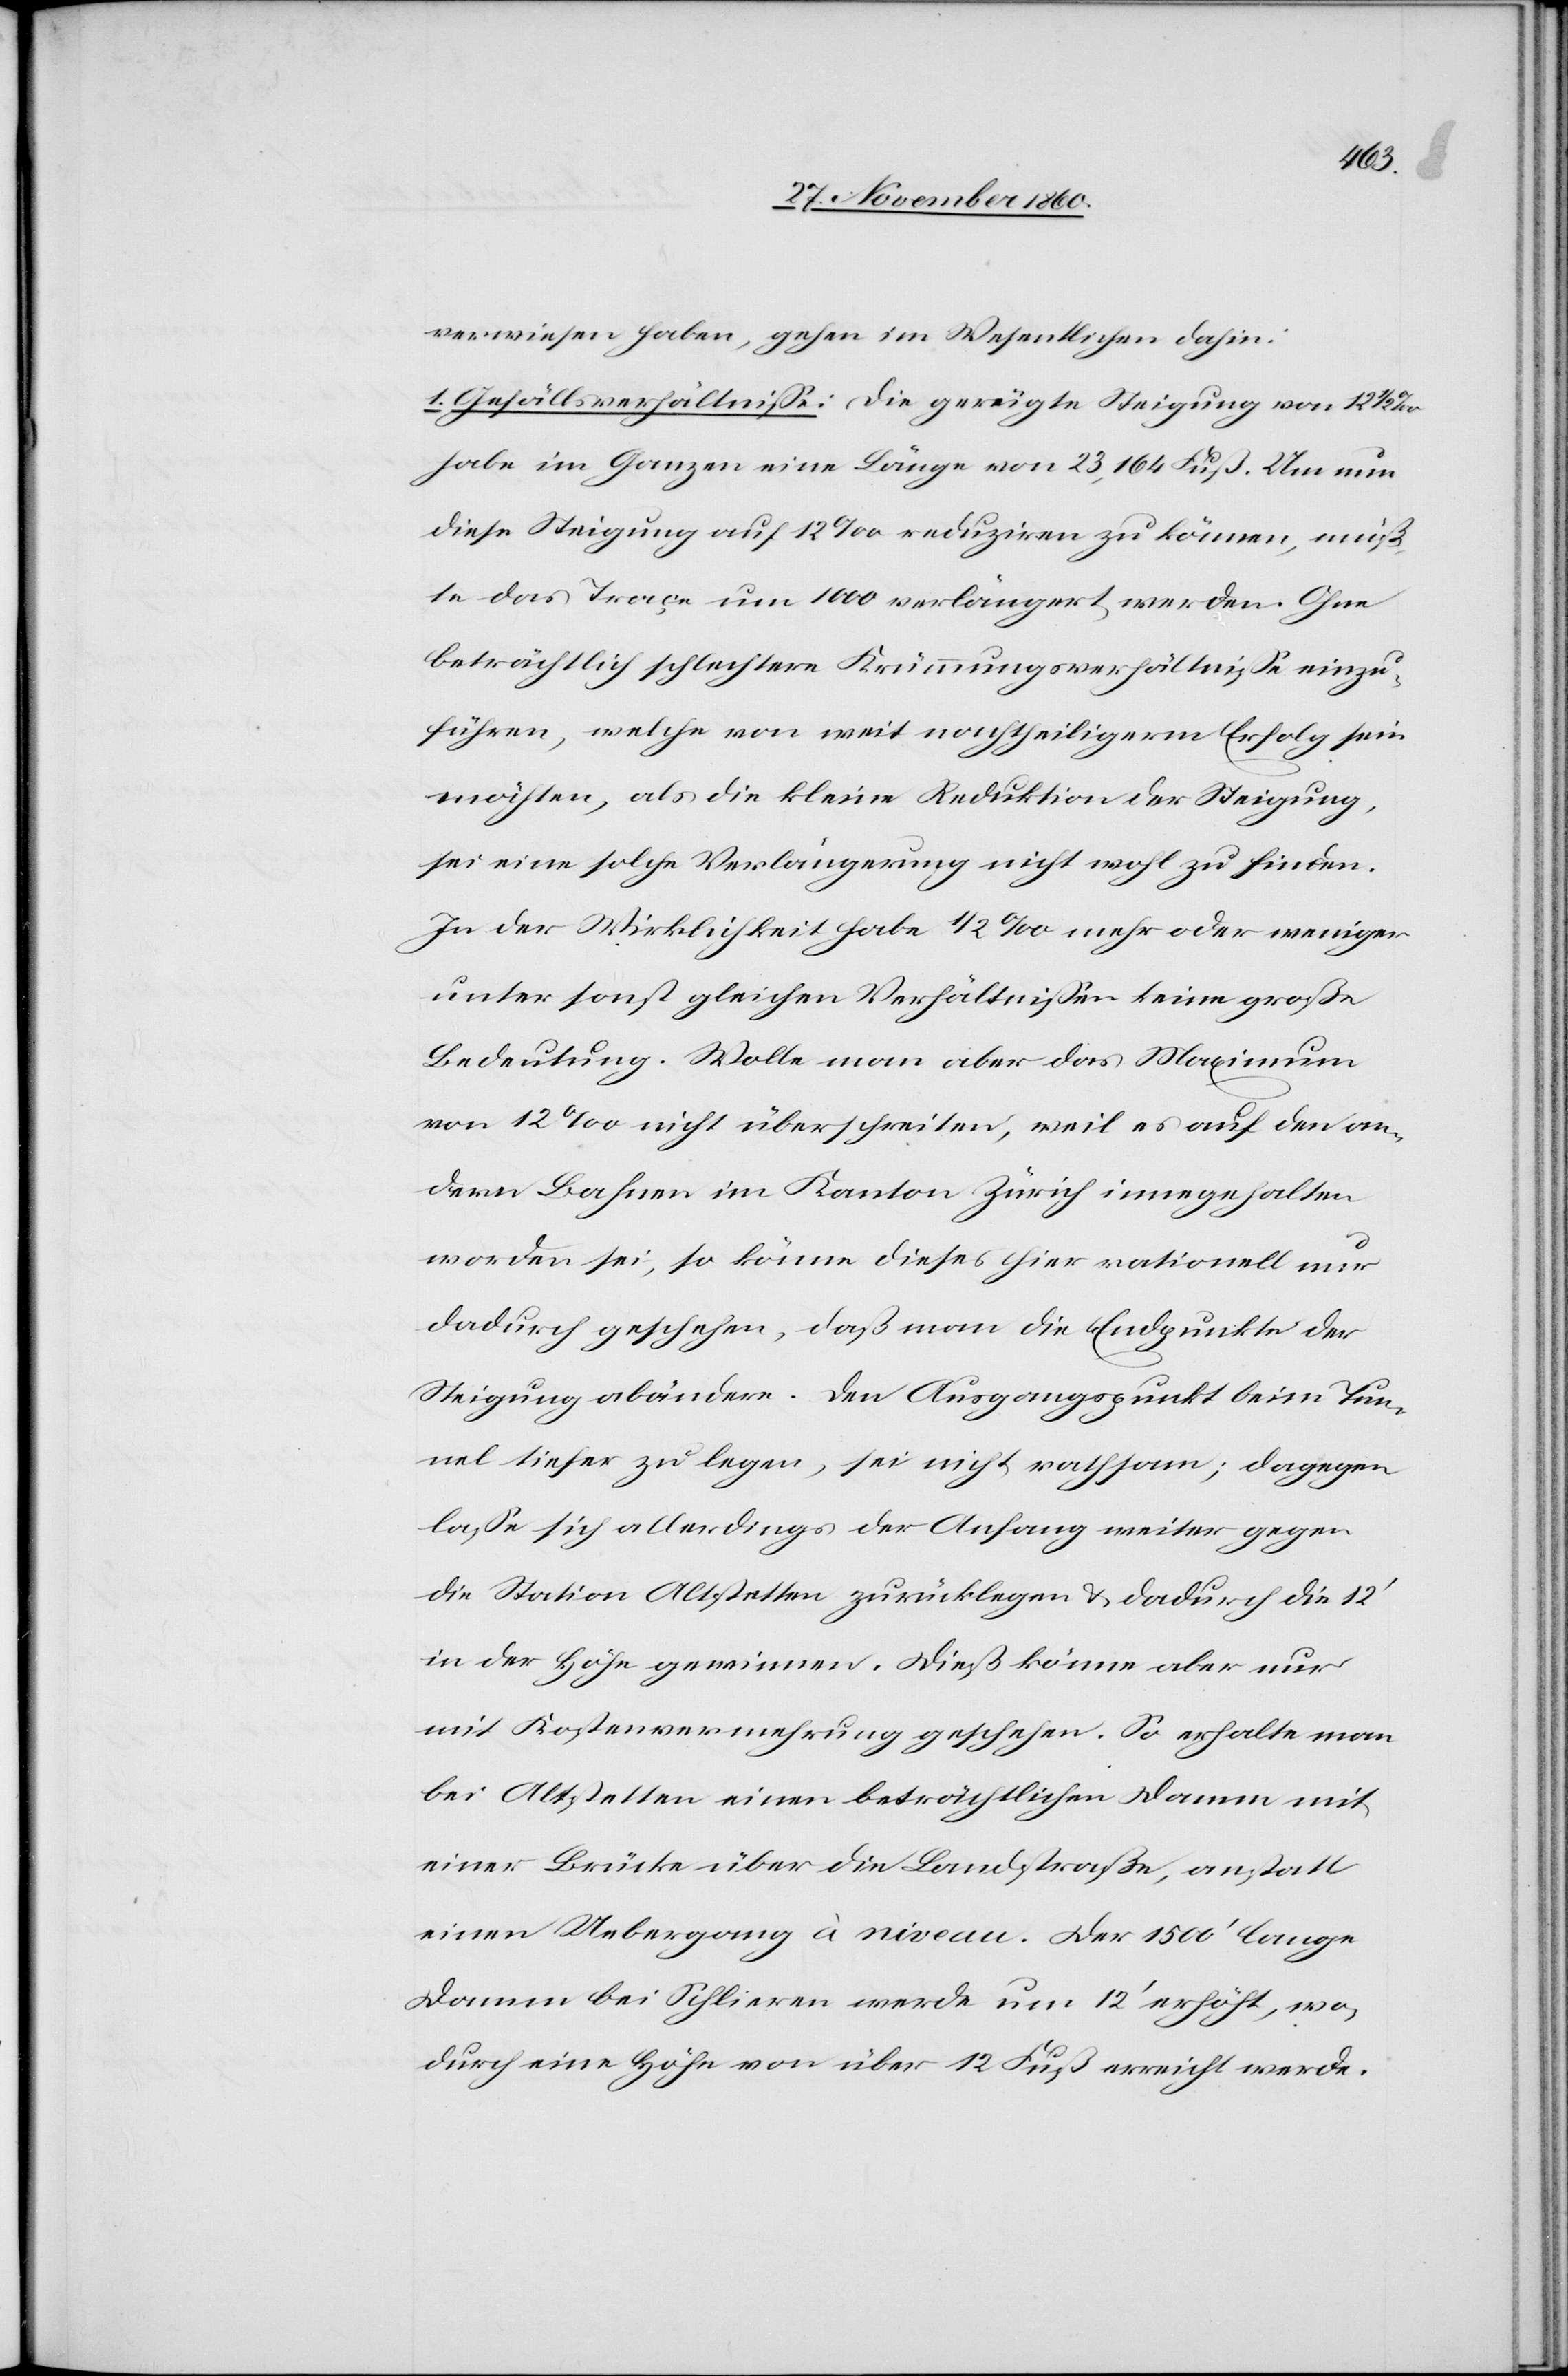
verwiesen haben, gehen im Wesentlichen dahin:
1. Gefällsverhältnisse: Die gerügte Steigung von 12
habe im Ganzen eine Länge von 23,164 Fuß. Um nun
diese Steigung auf 12‰ reduziren zu können, müß¬
te das Traçe um 1000 [Fuß] verlängert werden. Ohne
beträchtlich schlechtere Krümmungsverhältnisse einzu¬
führen, welche von weit nachtheiligerm Erfolg sein
möchten, als die kleine Reduktion der Steigung,
sei eine solche Verlängerung nicht wohl zu finden.
In der Wirklichkeit habe 1/2‰ mehr oder weniger
unter sonst gleichen Verhältnissen keine große
Bedeutung. Wolle man aber das Maximum
von 12‰ nicht überschreiten, weil es auf den an¬
dern Bahnen im Kanton Zürich innegehalten
worden sei, so könne dieses hier rationell nur
dadurch geschehen, daß man die Endpunkte der
Steigung abändere. Den Ausgangspunkt beim Tun¬
nel tiefer zu legen, sei nicht rathsam; dagegen
lasse sich allerdings der Anfang weiter gegen
die Station Altstetten zurücklegen u. dadurch die 12’
in der Höhe gewinnen. Dieß könne aber nur
mit Kostenvermehrung geschehen. So erhalte man
bei Altstetten einen beträchtlichen Damm mit
einer Brücke über die Landstraße, anstatt
einen Uebergang à niveau. Der 1500’ lange
Damm bei Schlieren werde um 12’ erhöht, wo¬
durch eine Höhe von über 12 Fuß erreicht werde.